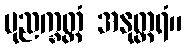
ပုညက္ခတ္တံ အနုတ္တရံ။